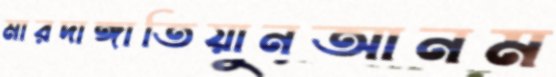
মারদাঙ্গাতিয়ানআনম